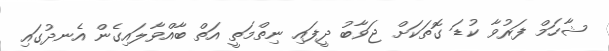
ޝާހަމް ފަރުވާ ކުޑަ ގޮތަކަށް ޖަވާބު ދީފައި ނިތްމަތީ އަތް ބާއްވާލައިގެން އެނދުގައި